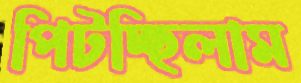
পিটচ্ছিলাম